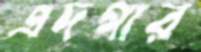
এদগার